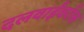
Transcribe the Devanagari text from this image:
दलवाईंवरील